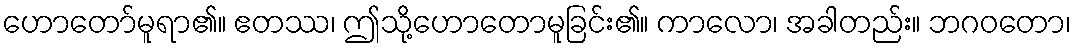
ဟောတော်မူရာ၏။ ဧတဿ၊ ဤသို့ဟောတောမူခြင်း၏။ ကာလော၊ အခါတည်း။ ဘဂဝတော၊